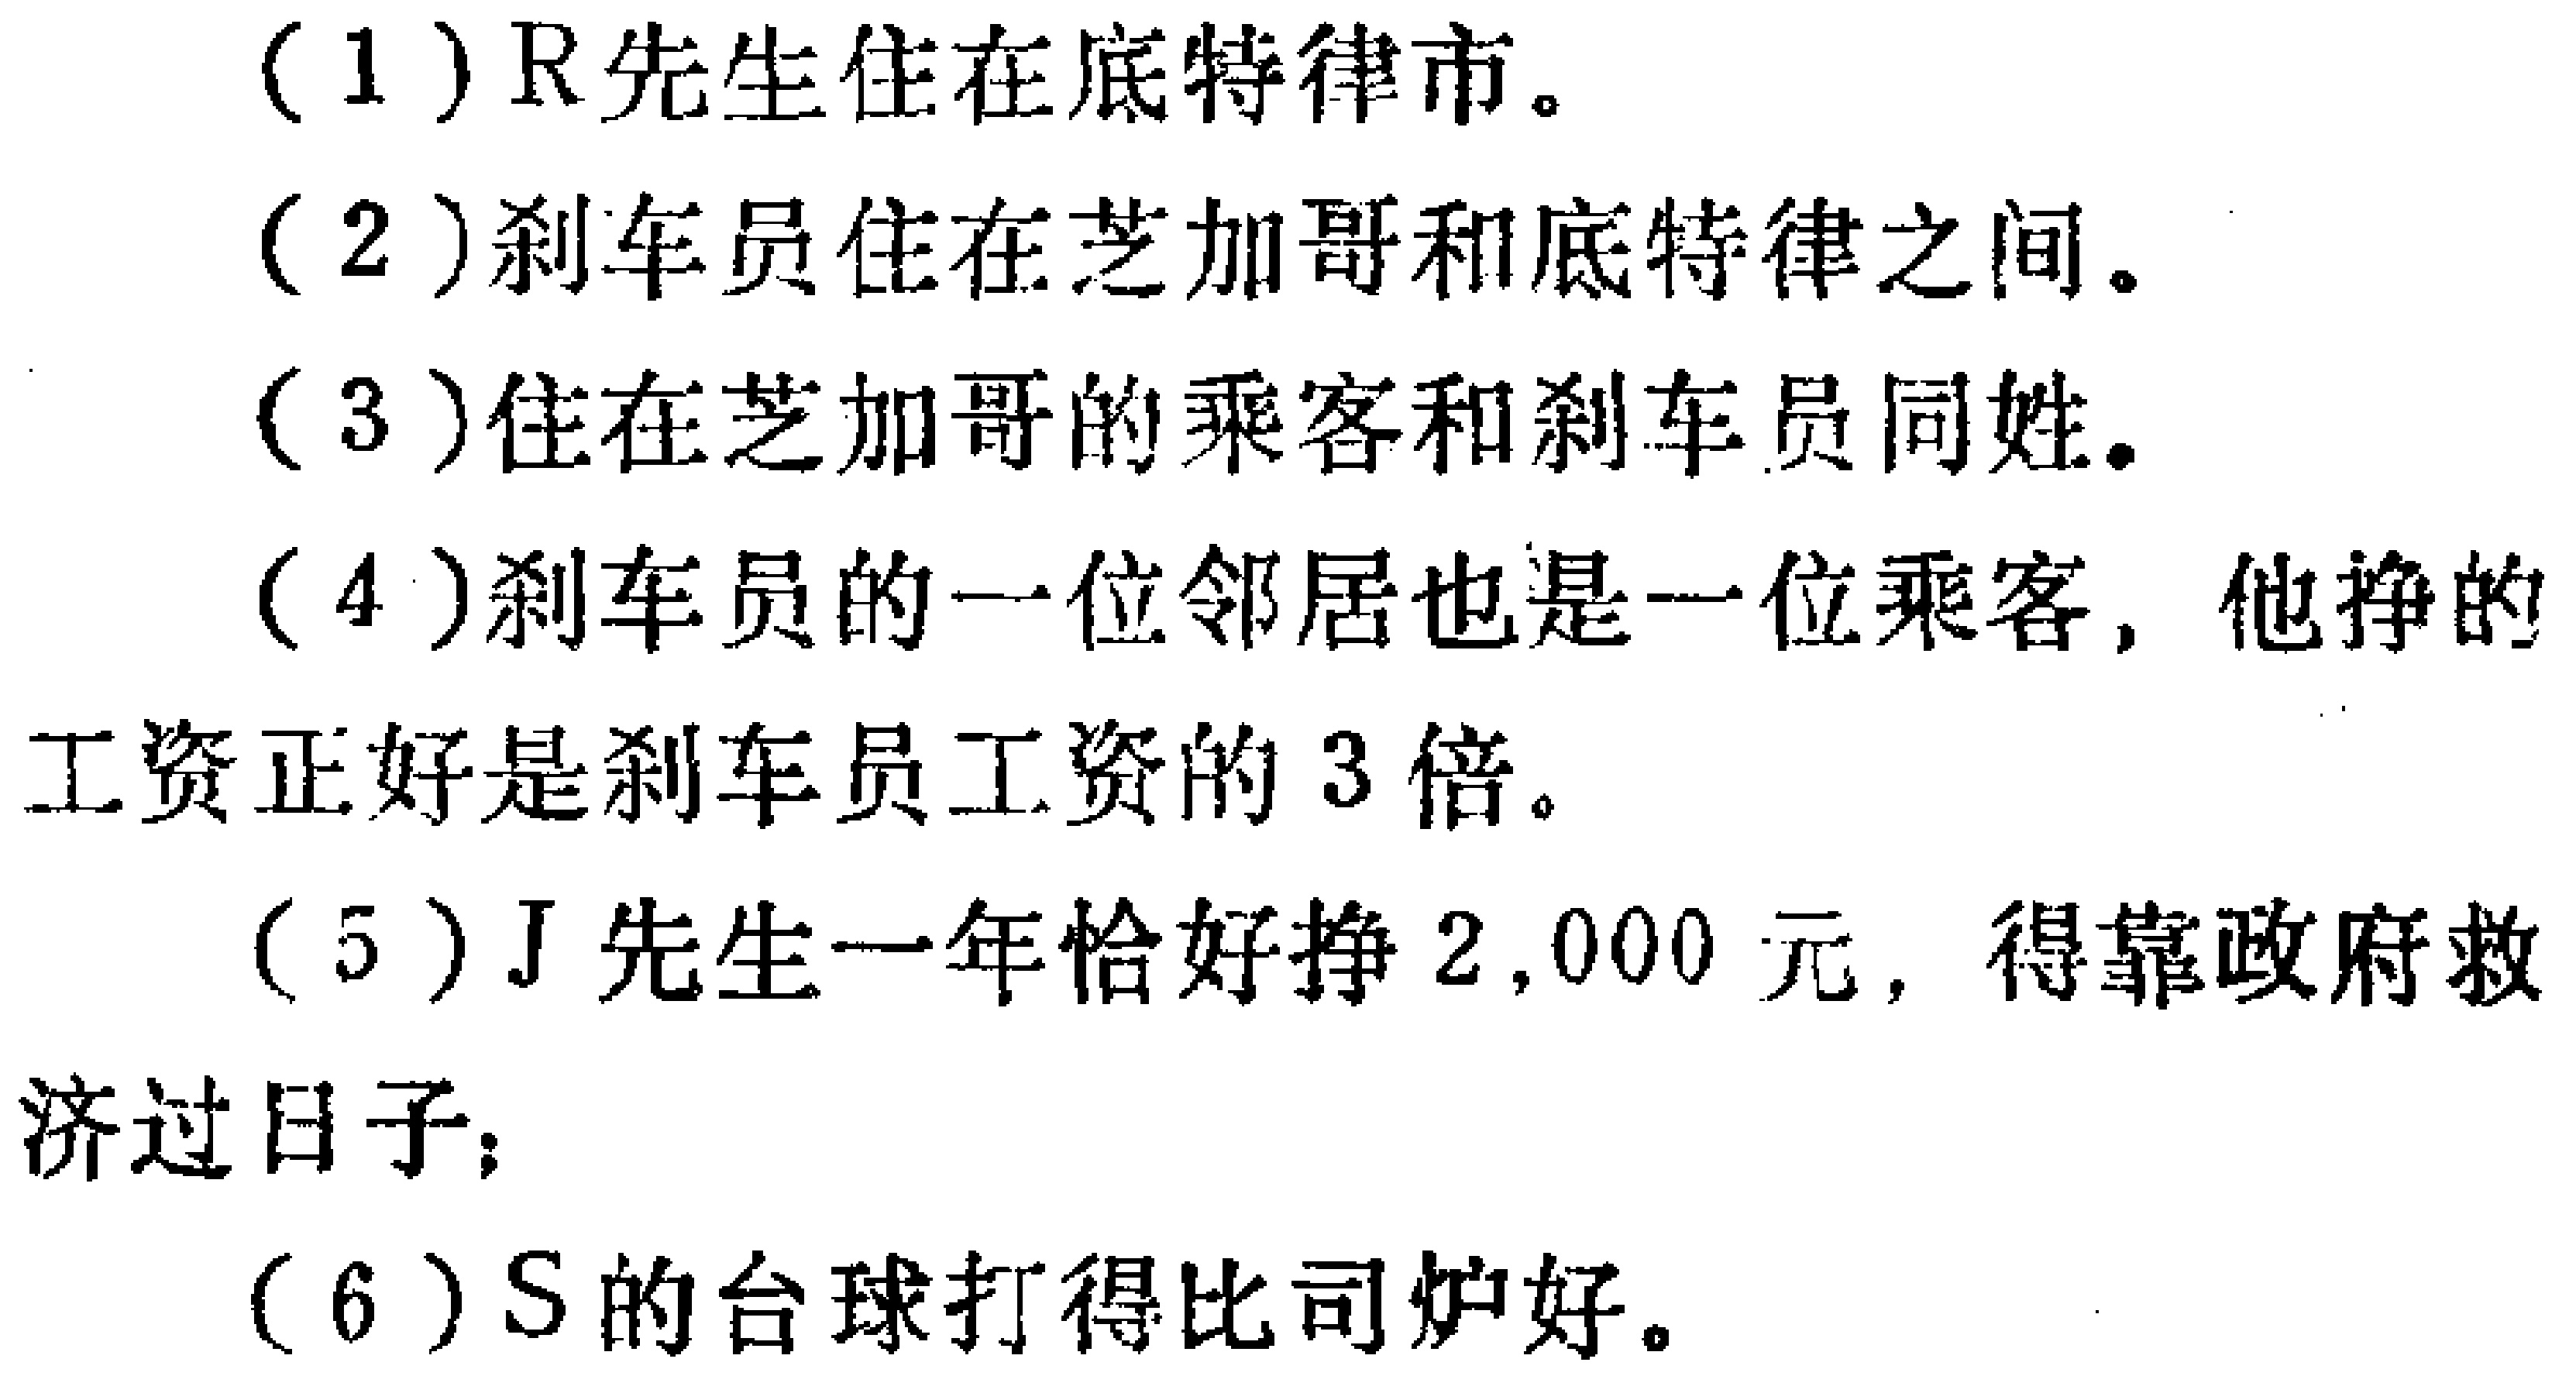
(1)R先生住在底特律市。
(2)刹车员住在芝加哥和底特律之间。
(3)住在芝加哥的乘客和刹车员同姓。
(4)刹车员的一位邻居也是一位乘客，他挣的工资正好是刹车员工资的3倍。
(5)J先生一年恰好挣2,000元，得靠政府救济过日子；
(6)S的台球打得比司炉好。